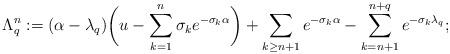
LaTeX: \begin{align*}\Lambda_{q}^{n}:=(\alpha-\lambda_{q})\bigg(u-\sum_{k=1}^{n}\sigma_{k}e^{-\sigma_{k}\alpha}\bigg)+\sum_{k\geq n+1}e^{-\sigma_{k}\alpha}-\sum_{k=n+1}^{n+q}e^{-\sigma_{k}\lambda_{q}}; \end{align*}